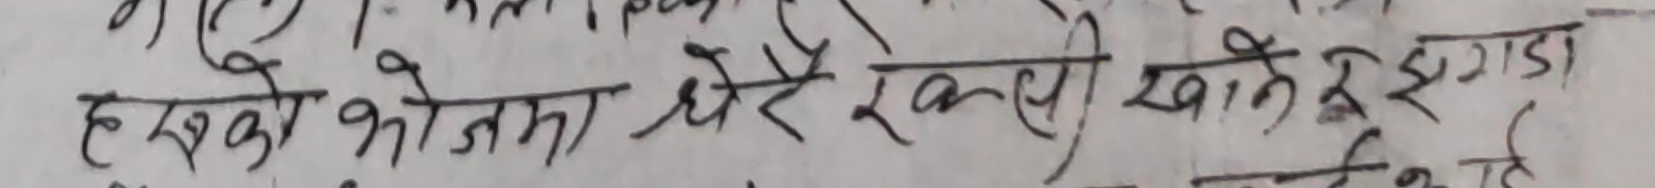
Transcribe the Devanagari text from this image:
हस् को खोजमा धेरै एक्लै खाने इष्टदा